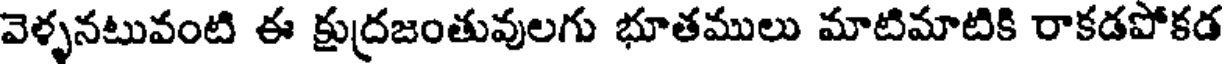
వెళ్ళనటువంటి ఈ క్రుద్రజంతువులగు భూతములు మాటిమాటికి రాకడపోకడ